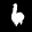
Label: 6